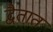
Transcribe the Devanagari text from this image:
द्वैतात